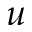
u